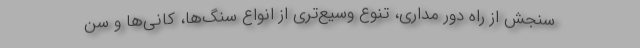
سنجش از راه دور مداری، تنوع وسیع‌تری از انواع سنگ‌ها، کانی‌ها و سن